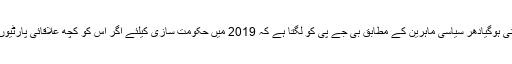
بی جے پی کا ساتھ پانے کیلئے کے سی آر کو اویسی کی محبت چھوڑنی ہوگیادھر سیاسی ماہرین کے مطابق بی جے پی کو لگتا ہے کہ 2019 میں حکومت سازی کیلئے اگر اس کو کچھ علاقائی پارٹیوں کی مدد کی ضرورت پڑی ، تو ٹی آر ایس سے حمایت مل سکتی ہے۔